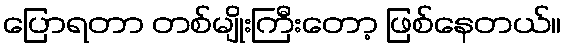
ပြောရတာ တစ်မျိုးကြီးတော့ ဖြစ်နေတယ်။